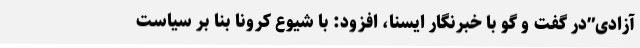
آزادی”در گفت و گو با خبرنگار ایسنا، افزود: با شیوع کرونا بنا بر سیاست